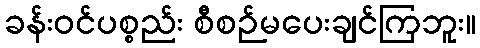
ခန်းဝင်ပစ္စည်း စီစဉ်မပေးချင်ကြဘူး။